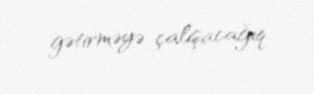
gətirməyə çalışacağıq.